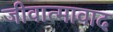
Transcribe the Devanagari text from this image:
जीवात्मावाद